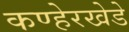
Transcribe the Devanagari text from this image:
कण्हेरखेडे